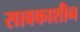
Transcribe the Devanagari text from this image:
सावकाशीन